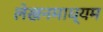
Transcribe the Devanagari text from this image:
लेखनमाध्यम